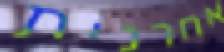
אחרנית